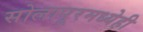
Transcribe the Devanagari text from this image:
सोलापूरमध्येही